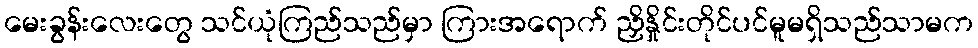
မေးခွန်းလေးတွေ သင်ယုံကြည်သည်မှာ ကြားအရောက် ညှိနှိုင်းတိုင်ပင်မူမရှိသည်သာမက